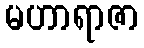
မဟာရာဇာ